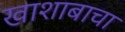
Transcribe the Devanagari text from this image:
खाशाबाचा